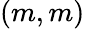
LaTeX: (m,m)